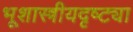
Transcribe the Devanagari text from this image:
भूशास्त्रीयदृष्ट्या